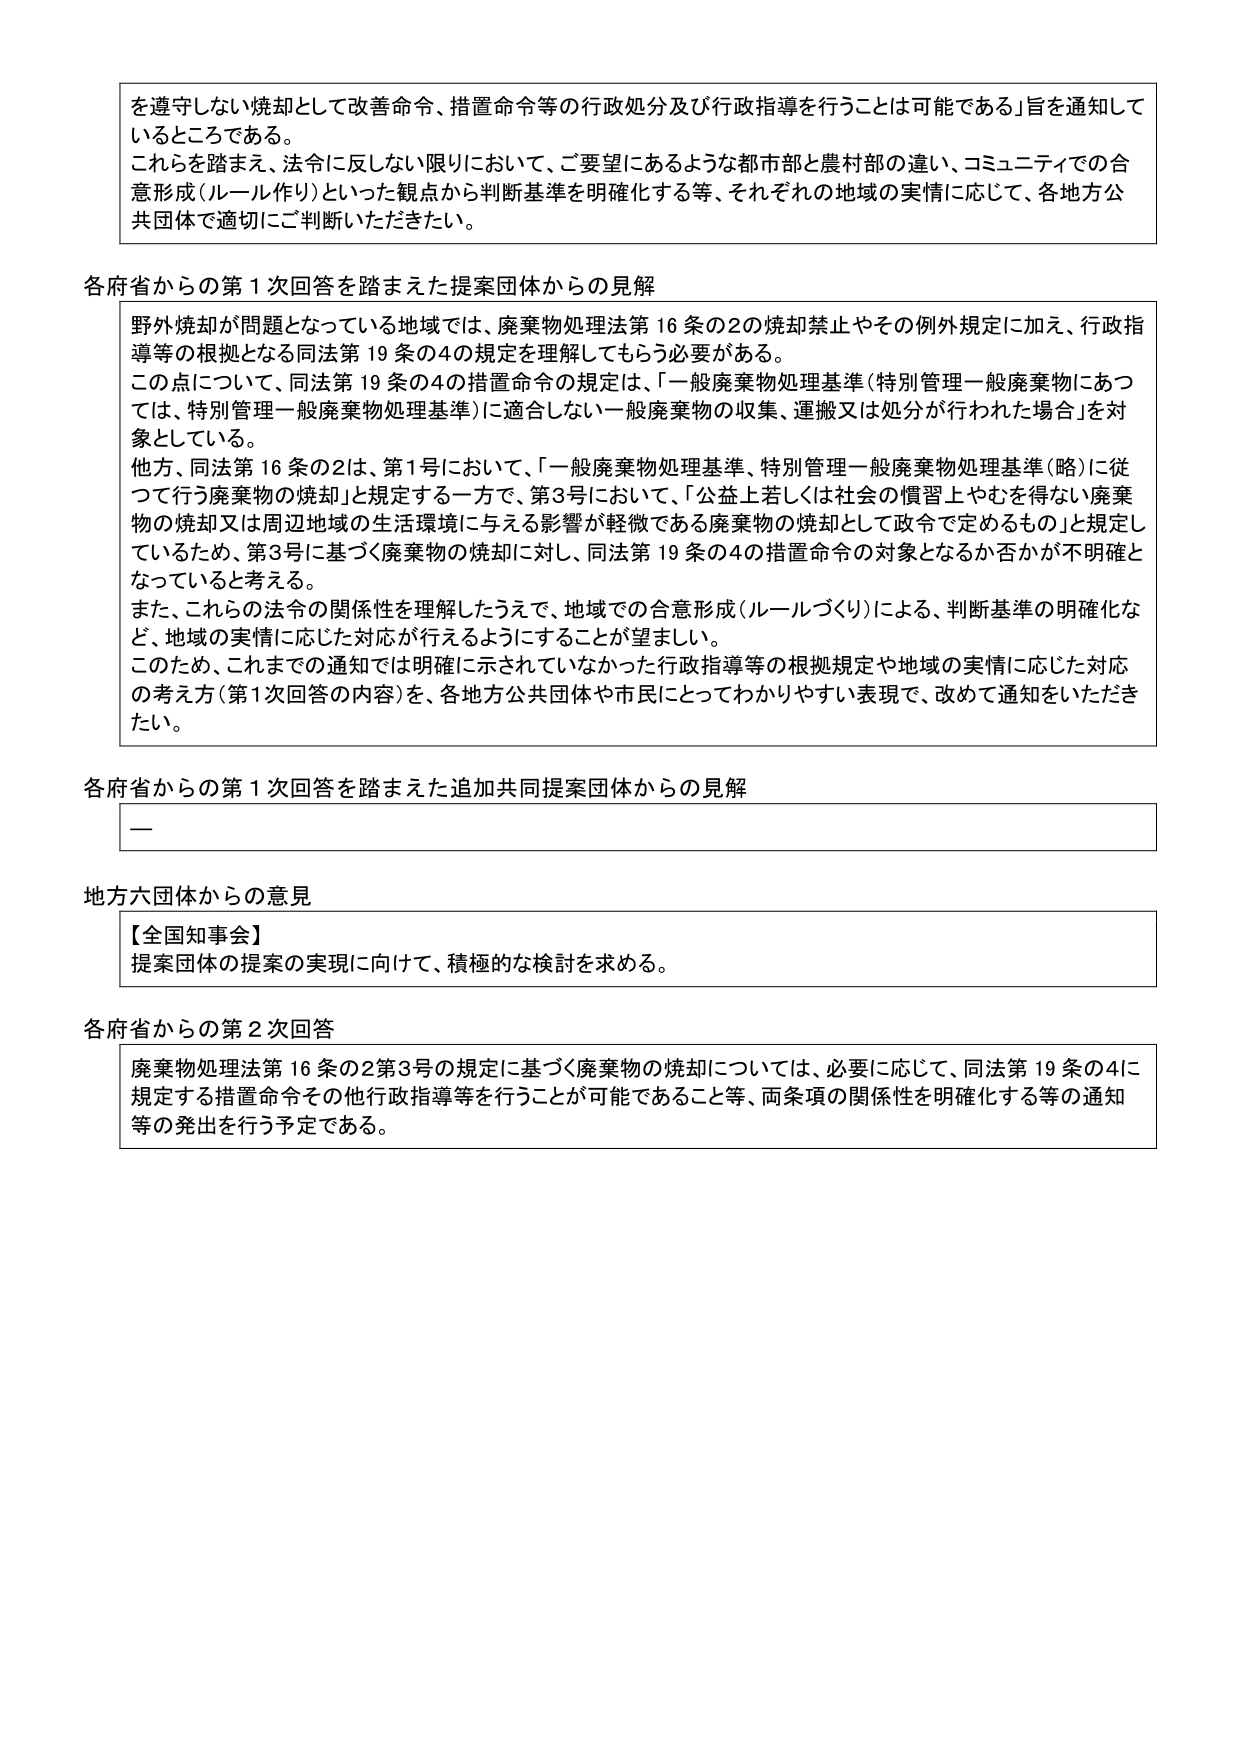
を遵守しない焼却として改善命令、措置命令等の行政処分及び行政指導を行うことは可能である」旨を通知しているところである。
これらを踏まえ、法令に反しない限りにおいて、ご要望にあるような都市部と農村部の違い、コミュニティでの合意形成（ルール作り）といった観点から判断基準を明確化する等、それぞれの地域の実情に応じて、各地方公共団体で適切にご判断いただきたい。

各府省からの第1次回答を踏まえた提案団体からの見解
野外焼却が問題となっている地域では、廃棄物処理法第16条の2の焼却禁止やその例外規定に加え、行政指導等の根拠となる同法第19条の4の規定を理解してもらう必要がある。
この点について、同法第19条の4の措置命令の規定は、「一般廃棄物処理基準（特別管理一般廃棄物にあつては、特別管理一般廃棄物処理基準）に適合しない一般廃棄物の収集、運搬又は処分が行われた場合」を対象としている。
他方、同法第16条の2は、第1号において、「一般廃棄物処理基準、特別管理一般廃棄物処理基準（略）に従つて行う廃棄物の焼却」と規定する一方で、第3号において、「公益上若しくは社会の慣習上やむを得ない廃棄物の焼却又は周辺地域の生活環境に与える影響が軽微である廃棄物の焼却として政令で定めるもの」と規定しているため、第3号に基づく廃棄物の焼却に対し、同法第19条の4の措置命令の対象となるか否かが不明確となっていると考える。
また、これらの法令の関係性を理解したうえで、地域での合意形成（ルールづくり）による、判断基準の明確化など、地域の実情に応じた対応が行えるようにすることが望ましい。
このため、これまでの通知では明確に示されていなかった行政指導等の根拠規定や地域の実情に応じた対応の考え方（第1次回答の内容）を、各地方公共団体や市民にとってわかりやすい表現で、改めて通知をいただきたい。

各府省からの第1次回答を踏まえた追加共同提案団体からの見解
—

地方六団体からの意見
【全国知事会】
提案団体の提案の実現に向けて、積極的な検討を求める。

各府省からの第2次回答
廃棄物処理法第16条の2第3号の規定に基づく廃棄物の焼却については、必要に応じて、同法第19条の4に規定する措置命令その他行政指導等を行うことが可能であること等、两条項の関係性を明確化する等の通知等の発出を行う予定である。